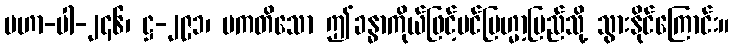
မဟာ-ပါ-၂၄၆၊ ဋ္ဌ-၂၉၁၊ ပကတိသော ဤခန္ဓာကိုယ်ဖြင့်ပင်ဗြဟ္မာ့ပြည်သို့ သွားနိုင်ကြောင်း။